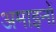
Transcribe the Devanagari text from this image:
अमाइनों